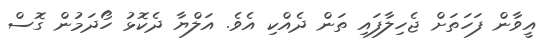
އީވާން ފަހަތަށް ޖެހިލާފައި ތަން ދެއްކި އެވެ. އަލްޔާ ދެކޮޅު ހޯދަމުން ގޮސް